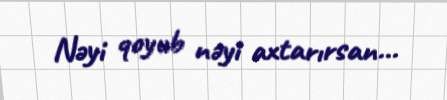
Nəyi qoyub nəyi axtarırsan...